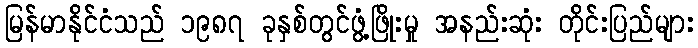
မြန်မာနိုင်ငံသည် ၁၉၈၇ ခုနှစ်တွင်ဖွံ့ဖြိုးမှု အနည်းဆုံး တိုင်းပြည်များ